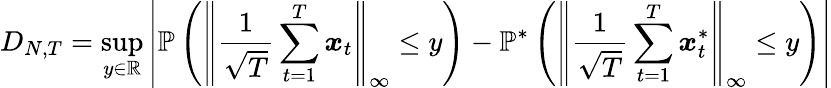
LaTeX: {D_{N,T}}=\operatorname*{sup}_{y\in\mathbb{R}}\left\lvert\mathbb{P}\left(\left\lVert\frac{1}{\sqrt{T}}\sum_{t=1}^{T}\boldsymbol{x}_{t}\right\rVert_{\infty}\leq y\right)-\mathbb{P}^{*}\left(\left\lVert\frac{1}{\sqrt{T}}\sum_{t=1}^{T}\boldsymbol{x}_{t}^{*}\right\rVert_{\infty}\leq y\right)\right\rvert